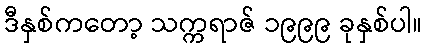
ဒီနှစ်ကတော့ သက္ကရာဇ် ၁၉၉၉ ခုနှစ်ပါ။